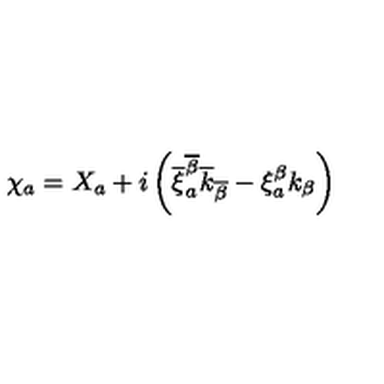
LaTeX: \chi _ { a } = X _ { a } + i \left( \overline { { \xi } } _ { a } ^ { \overline { { \beta } } } \overline { { k } } _ { \overline { { \beta } } } - \xi _ { a } ^ { \beta } k _ { \beta } \right)